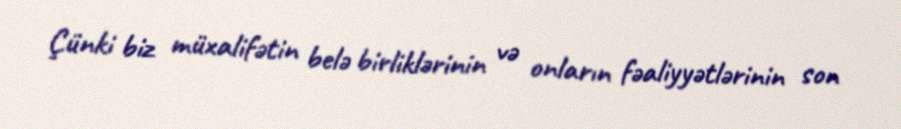
Çünki biz müxalifətin belə birliklərinin və onların fəaliyyətlərinin son